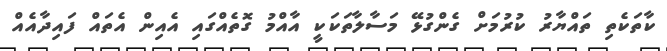
ކާތަކެތި ތައްޔާރު ކުރުމަށް ގެންގުޅޭ މަސާލާތަކަކީ އާއްމު ގޮތެއްގައި އެއިން އެތައް ފައިދާއެއް